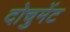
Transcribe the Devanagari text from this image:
दोचुमेंट